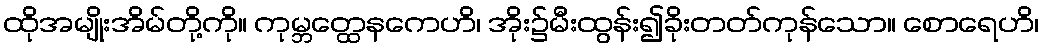
ထိုအမျိုးအိမ်တို့ကို။ ကုမ္ဘတ္ထေနကေဟိ၊ အိုး၌မီးထွန်း၍ခိုးတတ်ကုန်သော။ စောရေဟိ၊